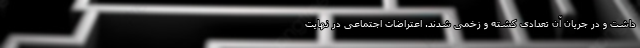
داشت و در جریان آن تعدادی کشته و زخمی شدند. اعتراضات اجتماعی در نهایت